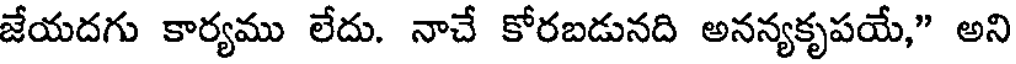
జేయదగు కార్యము లేదు. నాచే కోరబడునది అనన్యకృపయే," అని